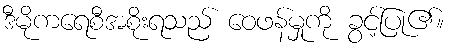
ဒီမိုကရေစီအစိုးရသည် ဝေဖန်မှုကို ခွင့်ပြု၏။